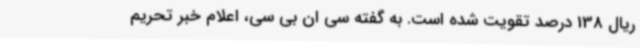
ریال 138 درصد تقویت شده است. به گفته سی ان بی سی، اعلام خبر تحریم